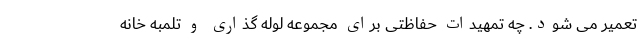
تعمیر می شود. چه تمهیدات حفاظتی برای مجموعه لوله گذاری و تلمبه خانه